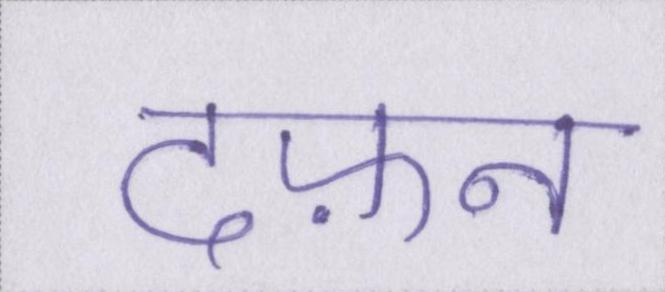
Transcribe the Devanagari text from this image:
दफ़न